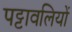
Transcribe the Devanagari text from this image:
पट्टावलियों